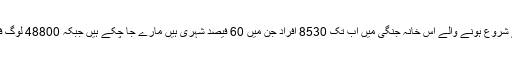
اقوامِ متحدہ کے مطابق مارچ 2015 سے شروع ہونے والے اس خانہ جنگی میں اب تک 8530 افراد جن میں 60 فیصد شہری ہیں مارے جا چکے ہیں جبکہ 48800 لوگ فضائی حملوں اور لڑائی میں زخمی ہوئے۔